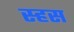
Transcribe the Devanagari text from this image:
स्हस